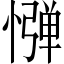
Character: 𢠤